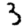
Digit: 3